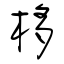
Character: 栘